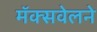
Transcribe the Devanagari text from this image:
मॅक्सवेलने